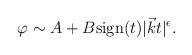
LaTeX: \begin{align*}\varphi\sim A+B {\rm sign} (t) |\vec{k} t|^{\epsilon}.\end{align*}